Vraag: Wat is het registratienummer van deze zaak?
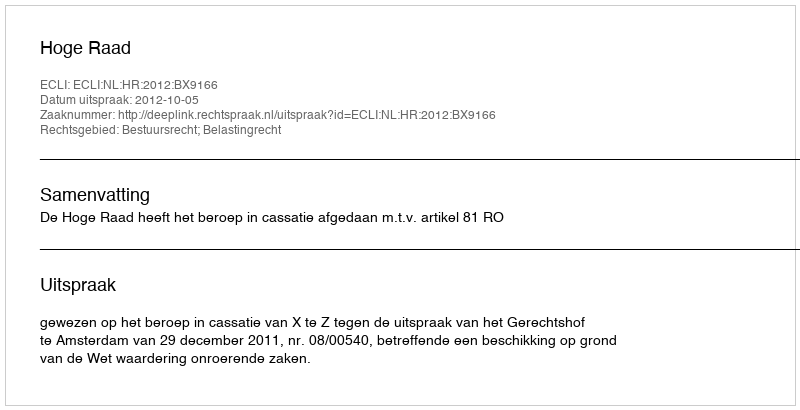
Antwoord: http://deeplink.rechtspraak.nl/uitspraak?id=ECLI:NL:HR:2012:BX9166